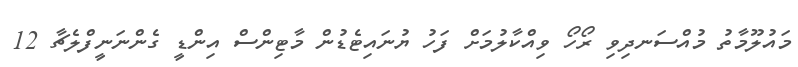
މައުލޫމާތު މުއްސަނދިވި ރޯހޯ ވިއްކާލުމަށް ފަހު ޔުނައިޓެޑުން މާޓިންސް އިންޑީ ގެންނަނީފްލެޗާ 12